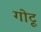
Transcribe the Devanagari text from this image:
गोटू